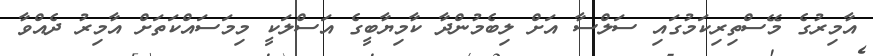
އާމިރުގެ މޭސްތިރިކަމުގައި ސަލްސާ އަށް ލިބެމުންދާ ކާމިޔާބީގެ އަސްލަކީ މިމަސައްކަތަށް އާމިރު ދެއްވާ